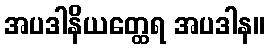
အပဒါနိယတ္ထေရ အပဒါန။